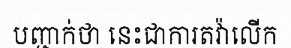
បញ្ជាក់ថា នេះជាការតវ៉ាលើក